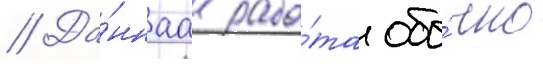
// Да́ннаа рабо́та обы́чно